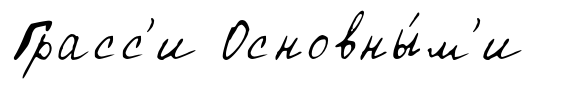
Грасс'и Основны́м'и